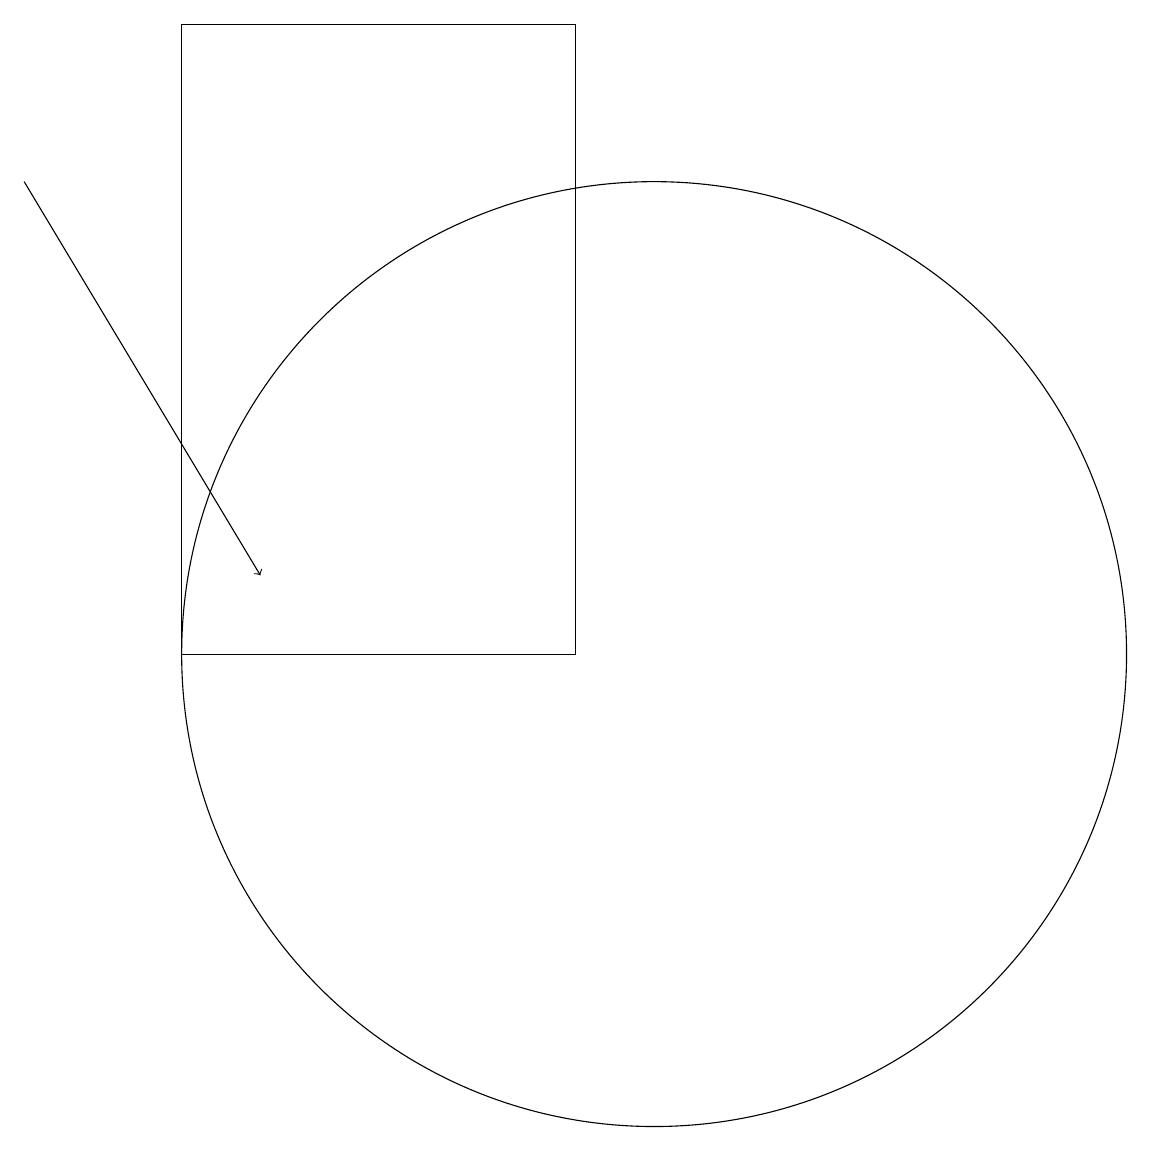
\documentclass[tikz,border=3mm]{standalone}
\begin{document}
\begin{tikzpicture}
\draw (10,10) circle (6);
\draw (4,18) rectangle (9,10);
\draw[->] (2,16) -- (5,11);
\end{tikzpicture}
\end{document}